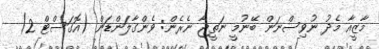
މާޒީއާ މެދު ނުވިސްނަން ބޭނުމީ ނަތީޖާ ނެރެން: ވެންގާލަންޑަން (އޮގަސްޓް 2)